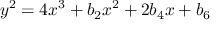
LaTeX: y ^ { 2 } = 4 x ^ { 3 } + b _ { 2 } x ^ { 2 } + 2 b _ { 4 } x + b _ { 6 }